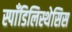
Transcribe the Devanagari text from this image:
स्पाँडिलिस्थेसिस